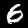
Digit: 6